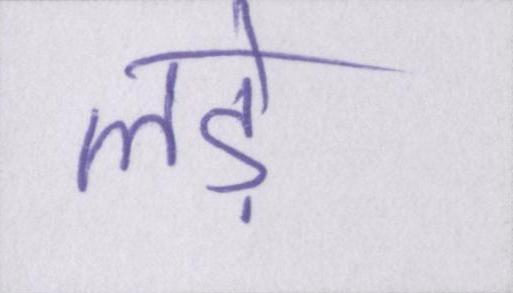
लड़े